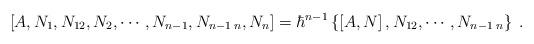
LaTeX: \begin{align*}\left[ A,N_{1},N_{12},N_{2},\cdots,N_{n-1},N_{n-1\;n},N_{n}\right]=\hbar^{n-1}\left\{ \left[ A,N\right] ,N_{12},\cdots,N_{n-1\;n}\right\}\;.\end{align*}